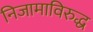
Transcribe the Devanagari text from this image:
निजामाविरुद्ध